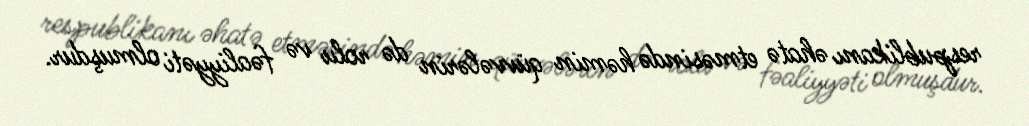
respublikanı əhatə etməsində həmin qüvvələrin də rolu və fəaliyyəti olmuşdur.